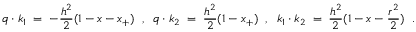
q \cdot k _ { 1 } \; = \; - { \frac { h ^ { 2 } } { 2 } } ( 1 - x - x _ { + } ) \; \; , \; \; q \cdot k _ { 2 } \; = \; { \frac { h ^ { 2 } } { 2 } } ( 1 - x _ { + } ) \; \; , \; \; k _ { 1 } \cdot k _ { 2 } \; = \; { \frac { h ^ { 2 } } { 2 } } ( 1 - x - { \frac { r ^ { 2 } } { 2 } } ) \; \; .